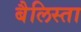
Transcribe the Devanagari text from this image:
बैलिस्ता